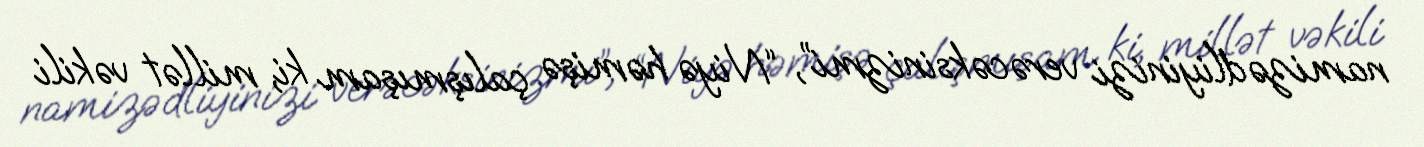
namizədliyinizi verəcəksinizmi”, “Niyə həmişə çalışmışam ki, millət vəkili